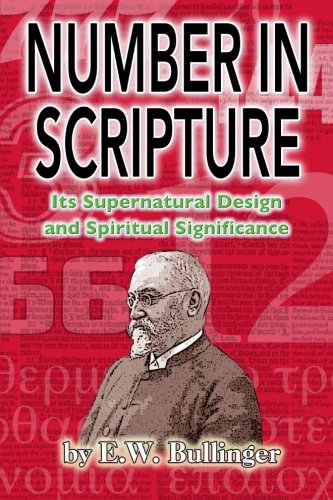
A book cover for Number in Scripture: Its Supernatural Design and Spiritual Significance; E W Bullinger; Christian Books & Bibles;